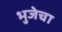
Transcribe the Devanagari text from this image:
भुजेचा